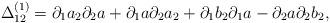
LaTeX: \begin{align*}\Delta_{12}^{(1)}=\partial _{1}a_{2}\partial _{2}a +\partial_{1}a\partial _{2}a_{2} +\partial _{1}b_{2}\partial _{1}a-\partial_{2}a\partial _{2}b_{2},\end{align*}